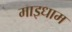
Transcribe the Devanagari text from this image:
माइधाम